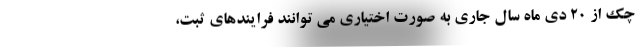
چک از 20 دی ماه سال جاری به صورت اختیاری می توانند فرایندهای ثبت،